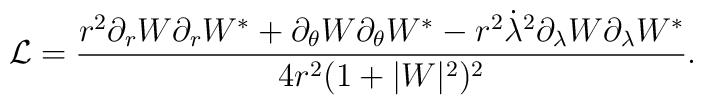
\mathcal{L}=\frac{r^{2}\partial_{r}W\partial_{r}W^{*}+\partial_{\theta}W\partial_{\theta}W^{*}-r^{2}\dot\lambda^{2}\partial_{\lambda}W\partial_{\lambda}W^{*}}{4r^{2}(1+|W|^{2})^{2}}.